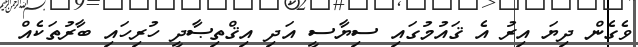
ވެގެން ދިޔަ އިރު އެ ޤައުމުގައި ސިޔާސީ އަދި އިޤްތިޞާދީ ހުރިހައި ބާރުތަކެއް